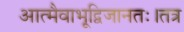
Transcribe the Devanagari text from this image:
आत्मैवाभूद्विजानतः।तत्र